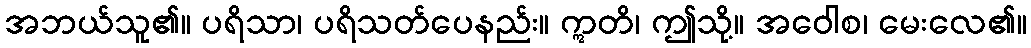
အဘယ်သူ၏။ ပရိသာ၊ ပရိသတ်ပေနည်း။ ဣတိ၊ ဤသို့။ အဝေါစ၊ မေးလေ၏။